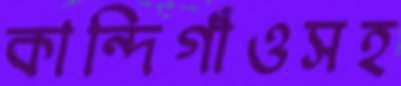
কান্দিগাঁওসহ